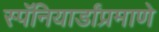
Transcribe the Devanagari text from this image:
स्पॅनियार्डांप्रमाणे